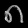
Digit: ၈